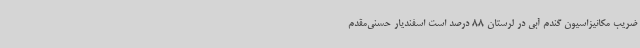
ضریب مکانیزاسیون گندم آبی در لرستان 88 درصد است اسفندیار حسنی‌مقدم